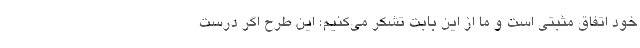
خود اتفاق مثبتی است و ما از این بابت تشکر می‌کنیم؛ این طرح اگر درست